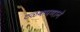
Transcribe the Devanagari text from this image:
ठळकपणाने